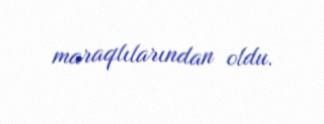
maraqlılarından oldu.